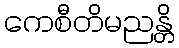
ကေစီတိမညန္တိ